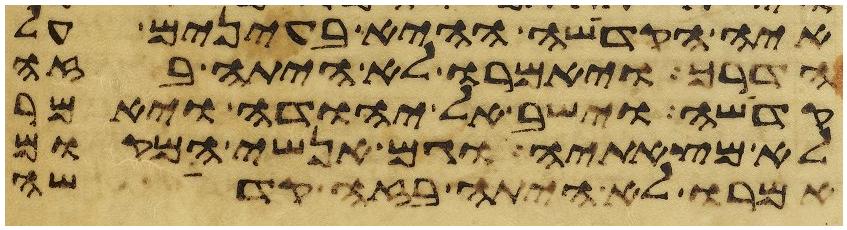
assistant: איה הקדשה ההיא בעינים על
הדרך ויאמרו לא היתה בזה
קדשה וישב אל יהודה ויאמר
לא מצאתיה וגם אנשי המקום
אמרו לא היתה בזה קדשה